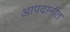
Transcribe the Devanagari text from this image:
आपदानीत